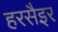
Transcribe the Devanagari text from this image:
हरसैइर